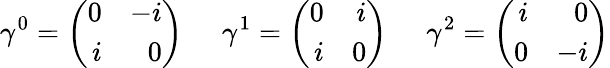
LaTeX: \gamma^{0}=\left(\begin{array}{rr}{{0}}&{{-i}}\\ {{i}}&{{0}}\end{array}\right)\; \; \; \; \; \gamma^{1}=\left(\begin{array}{rr}{{0}}&{{i}}\\ {{i}}&{{0}}\end{array}\right)\; \; \; \; \; \gamma^{2}=\left(\begin{array}{rr}{{i}}&{{0}}\\ {{0}}&{{-i}}\end{array}\right)